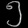
Digit: ၅